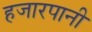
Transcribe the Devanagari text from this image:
हजारपानी